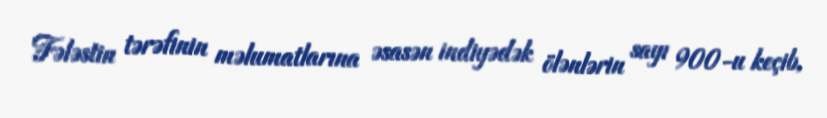
Fələstin tərəfinin məlumatlarına əsasən indiyədək ölənlərin sayı 900-u keçib,